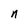
Character: n